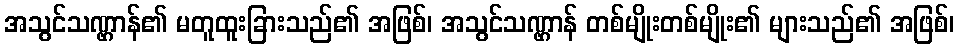
အသွင်သဏ္ဌာန်၏ မတူထူးခြားသည်၏ အဖြစ်၊ အသွင်သဏ္ဌာန် တစ်မျိုးတစ်မျိုး၏ များသည်၏ အဖြစ်၊